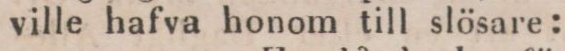
ville hafva honom till slösare: